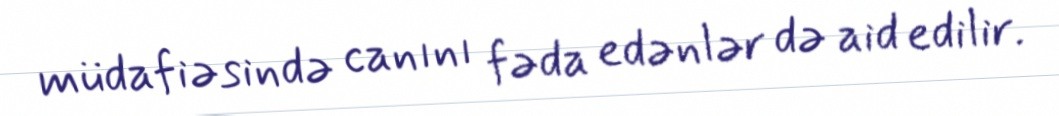
müdafiəsində canını fəda edənlər də aid edilir.